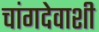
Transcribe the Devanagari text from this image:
चांगदेवाशी